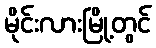
မိုင်းလားမြို့တွင်